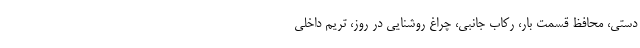
دستی، محافظ قسمت بار، رکاب جانبی، چراغ روشنایی در روز، تریم داخلی